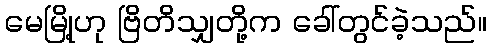
မေမြို့ဟု ဗြိတိသျှတို့က ခေါ်တွင်ခဲ့သည်။